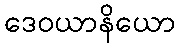
ဒေဝယာနိယော